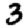
Digit: 3